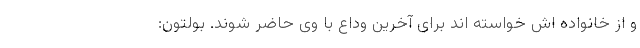
و از خانواده اش خواسته اند برای آخرین وداع با وی حاضر شوند. بولتون: